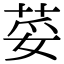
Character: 荽